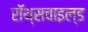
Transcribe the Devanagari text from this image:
रॉथ्सचाइल्ड